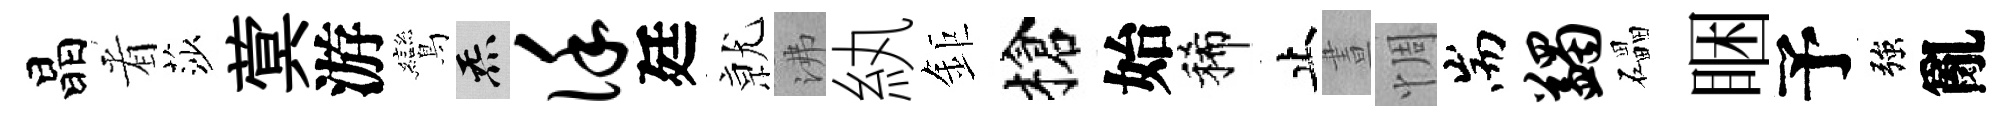
晶㸔莎蓂游鸞炁谨廷𭕒沸紈鉅槍始稀止晝惆耑蠲礧睏予強亂